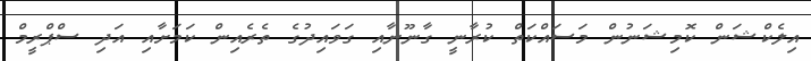
އިލެކްޝަން ކޮމިޝަނުން މަސައްކަތް ކުރާނީ ގާނޫނާއި ގަވައިދުގެ ތެރެއިން ކަމަށާއި އަދި ސްޕްރީމް